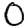
Digit: 0